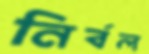
নির্বল